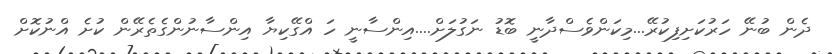
ދެން ބުނޭ ހަރުކަށިފިކުރޭ...މިކަންވެސްދާނީ ބޮޑު ނަގުލަށް....އިންސާނީ ހަ އްގޭކިޔާ އިންސާނުންގެތެރޭން ކުށެ އްނުކޮށް